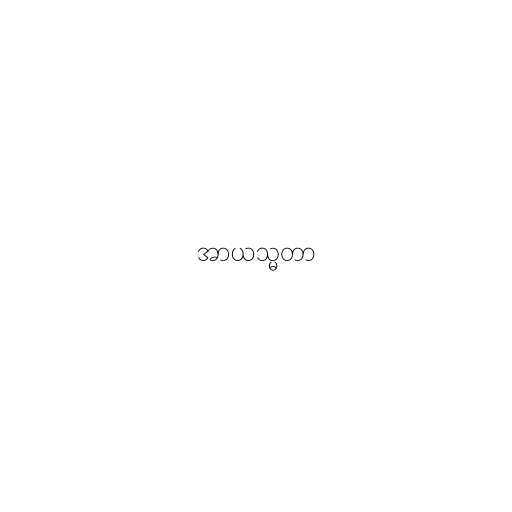
အာယသ္မတာ